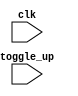
module beta (
   clk, toggle_up
   );
   input clk;
   input toggle_up;
   always @ (posedge clk) begin
      if (0 && toggle_up) begin end
   end
endmodule